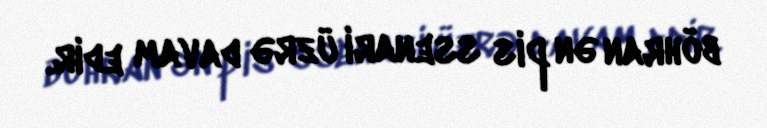
böhran ən pis ssenari üzrə davam edir.